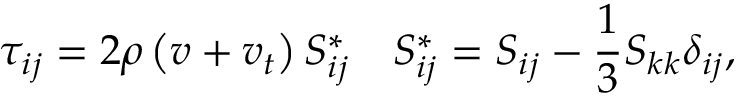
\tau _ { i j } = 2 \rho \left( v + v _ { t } \right) S _ { i j } ^ { * } \quad S _ { i j } ^ { * } = S _ { i j } - \frac { 1 } { 3 } S _ { k k } \delta _ { i j } ,